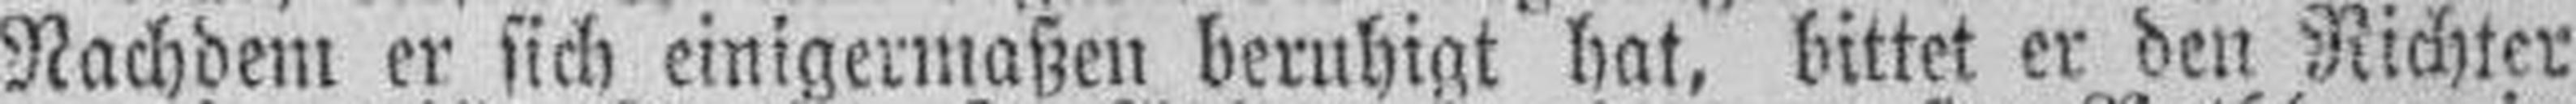
Nachdem er sich einigermaßen beruhigt hat, bittet er den Richter